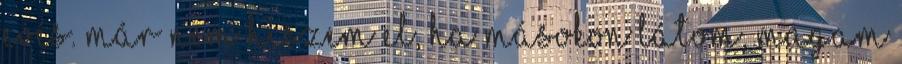
evés. Már nem hiszem el, ha másokon látom, magam